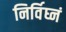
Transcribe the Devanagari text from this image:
निर्विघ्नं